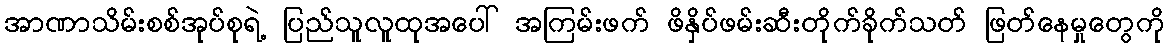
အာဏာသိမ်းစစ်အုပ်စုရဲ့ ပြည်သူလူထုအပေါ် အကြမ်းဖက် ဖိနှိပ်ဖမ်းဆီးတိုက်ခိုက်သတ် ဖြတ်နေမှုတွေကို